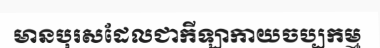
មានបុរសដែលជាកីឡាកាយចប្បកម្ម